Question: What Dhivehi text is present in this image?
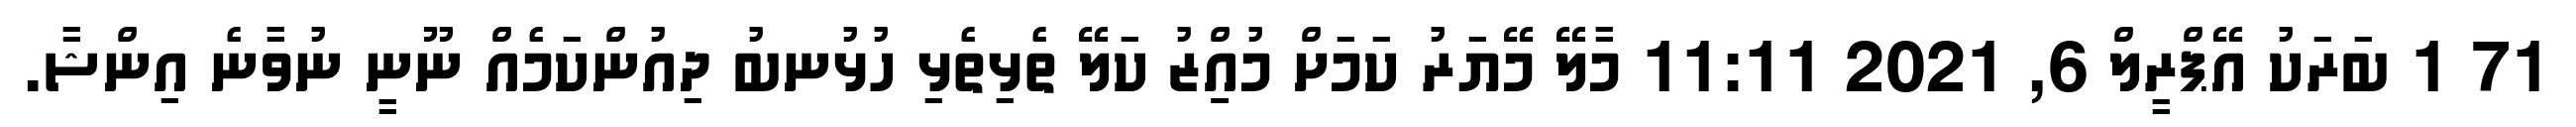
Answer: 71 1 ބަރަކު އޭޕްރީލް 6, 2021 11:11 މާލޭ މޭޔަރު ކަމަށް މުއިިިިިްޒު ކަލޭ ތެޅިތެޅި ހުޅުނބު ދިއުންކަމެއް ނޫނީ ނުވާނެ އިންޝާ.